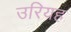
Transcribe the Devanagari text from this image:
उरियह